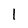
Character: l